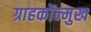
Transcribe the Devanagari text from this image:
ग्राहकोंन्‍मुख